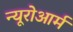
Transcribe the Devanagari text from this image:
न्यूरोआर्म